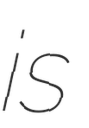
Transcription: is